Reports on military cantonments and civil stations in the Presidency of Bombay inspected by the Sanitary Commissioner in the years 1875 and 1876
Year: 1875
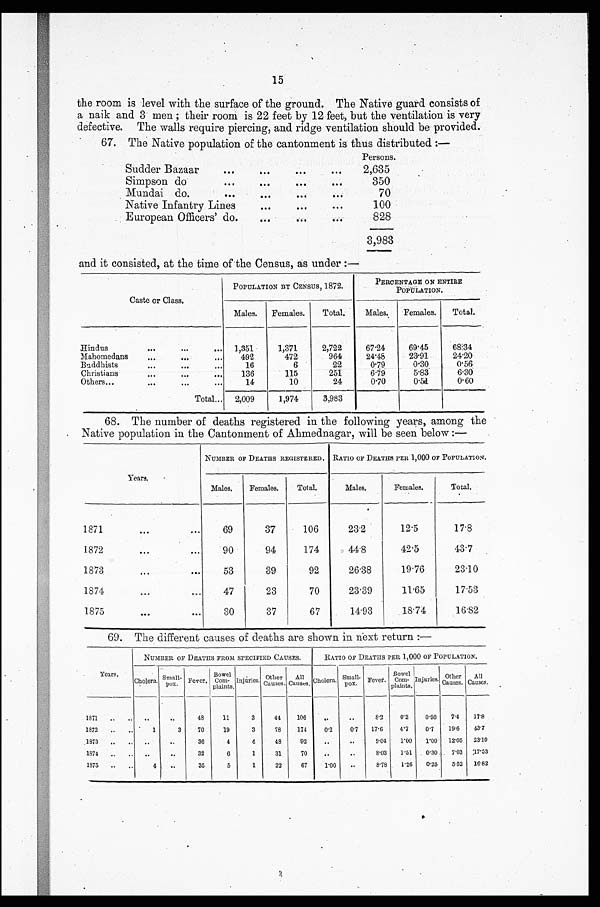
15
the room is level with the surface of the ground. The Native guard consists of
a naik and 3 men ; their room is 22 feet by 12 feet, but the ventilation is very
defective. The walls require piercing, and ridge ventilation should be provided.
67. The Native population of the cantonment is thus distributed :—
Persons.
Sudder Bazaar
...
...
...
. . .
2,635
Simpson do
. . . . . . . . . .
350
Mundai do.
...
...
...
. . .
70
Native Infantry Lines
...
...
...
100
European Officers. do.
...
...
. . .
828
3,983
and it consisted, at the time of the Census, as under :—
Caste or Class.
POPULATION BY CENSUS, 1872.
PERCENTAGE ON ENTIRE
POPULATION.
Males.
Females.
Total.
Males.
Females.
Total.
Hindus
...
...
...
1,351
1,371
2,722
67.24
69.45
68.34
Mahomedans... ...
. . .
492
472
964
24.48
23.91
24.20
Buddhists......
..
16
6
22
0.79
0.30
0.56
Christians... ...
. . .
136
115
251
6.79
5.83
6.30
Others..... ...
...
. . .
1 4
10
24
0.70
0.51
0.60
Total...
2,009
1,974
3,983
68. The number of deaths registered in the following years, among the
Native population in the Cantonment of Ahmednagar, will be seen below :—
NUMBER OF DEATHS REGISTERED. RATIO OF DEATHS PER 1,000 OF POPULATION.
Y e a r s .
Males.
Females.
Total.
Males.
Females.
Total.
1871...
. . .
69
37
106
23.2
12.5
17.8
1872
...
...
90
94
174
44 . 8
42.5
43.7
1873
4
. 0
...
53
39
92
26.38
19.76
23.10
1874..
.
4
47
23
70
23.39
11.65
17.53
1875...
. . .
30
37
67
14.93
18.74
16.82
69. The different causes of deaths are shown in next return :—
NUMBER OF DEATHS FROM SPECIFIED CAUSES.
RATIO OF DEATHS PER 1,000 OF POPULATION.
Years.
Cholera. Small-
pox. Fever,
Bowel
Com-
plaints.
Injuries Other
Causes.
All
Causes. Cholera. Small-
pox. Fever.
Bowel
Com-
plaints.
Injuries. Other
Causes.
All
Causes.
1871
.
..
. .
48
11
3
44
106
. . ..
8.2
0.2
0.50
7.4
17.8
1872
..
.. .
1
3
70
19
3
78
174
0.2
0.7
17.6
4.7
0.7
19.6
43.7
1873
..
.
.
..
36
4
4
48
92
..
..
9.04
1 . 0 0
1 . 0 0
12.05 23.10
1874..
..
.
..
32
6
1
31
70
..
..
8.03
1.51
0.30
7.03 17.53
1875
..
-
4
..
35
5
1
22
67
1.00
..
8.78
1.26
0.25
5 . 5 2 16.82